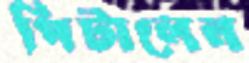
পিটালেন